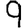
Digit: 9